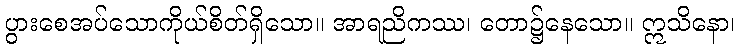
ပွားစေအပ်သောကိုယ်စိတ်ရှိသော။ အာရညိကဿ၊ တော၌နေသော။ ဣသိနော၊